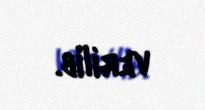
verilib.